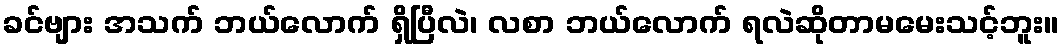
ခင်ဗျား အသက် ဘယ်လောက် ရှိပြီလဲ၊ လစာ ဘယ်လောက် ရလဲဆိုတာမမေးသင့်ဘူး။